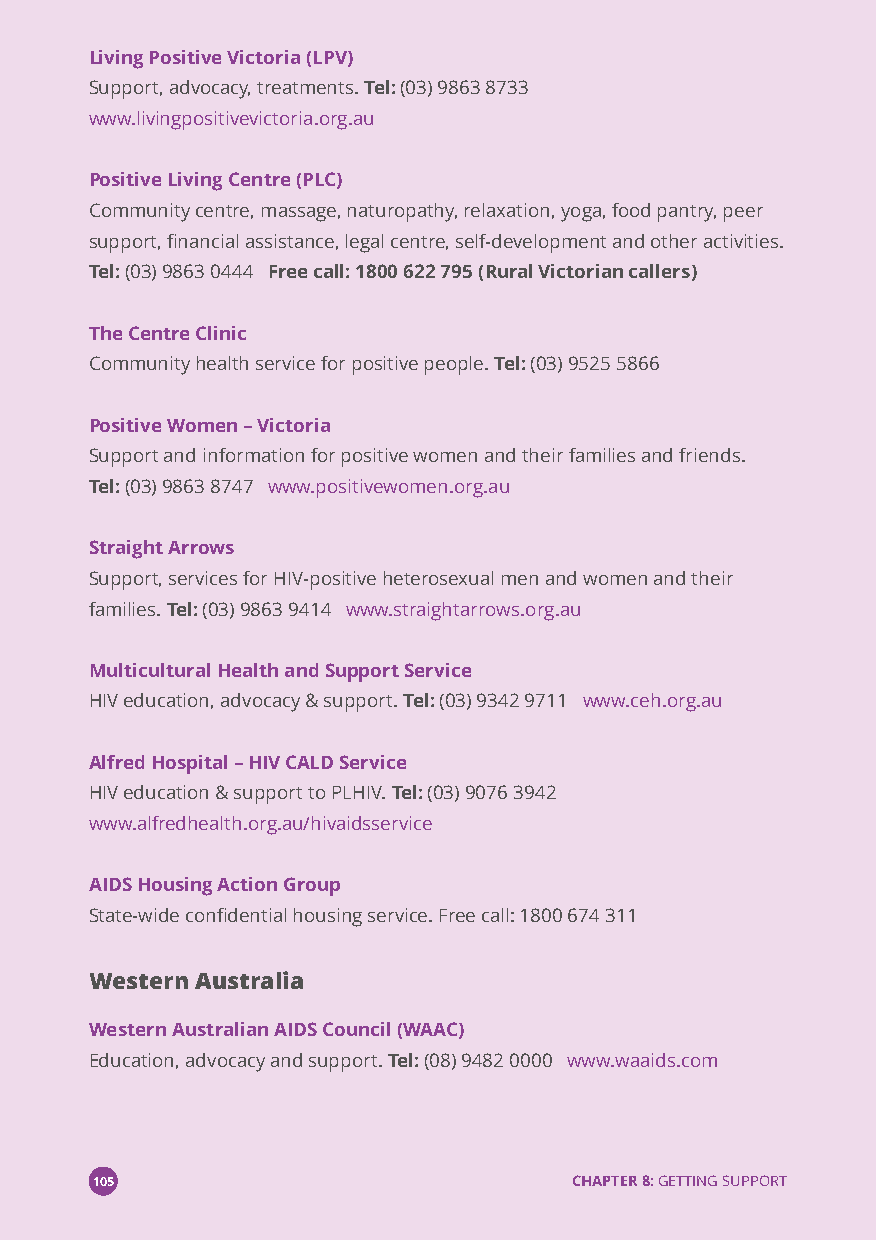
Living Positive Victoria (LPV)
 Support, advocacy, treatments.Tel:(03) 9863 8733
 www.livingpositivevictoria.org.au
 Positive Living Centre (PLC)
 Community centre, massage, naturopathy, relaxation, yoga, food pantry, peer
 support, financial assistance, legal centre, self-development and other activities.
 Tel:(03) 9863 0444 Free call: 1800 622 795 (Rural Victorian callers)
 The Centre Clinic
 Community health service for positive people.Tel:(03) 9525 5866
 Positive Women–Victoria
 Support and information for positive women and their families and friends.
 Tel:(03) 9863 8747 www.positivewomen.org.au
 Straight Arrows
 Support, services for HIV-positive heterosexual men and women and their
 families.Tel:(03) 9863 9414 www.straightarrows.org.au
 Multicultural Health and Support Service
 HIV education, advocacy & support.Tel:(03) 9342 9711 www.ceh.org.au
 Alfred Hospital–HIV CALD Service
 HIV education & support to PLHIV.Tel:(03) 9076 3942
 www.alfredhealth.org.au/hivaidsservice
 AIDS Housing Action Group
 State-wide confidential housing service. Free call: 1800 674 311
 Western Australia
 Western Australian AIDS Council (WAAC)
 Education, advocacy and support.Tel:(08) 9482 0000 www.waaids.com
 105                             CHAPTER 8:GETTING SUPPORT